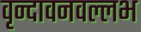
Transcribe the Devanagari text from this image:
वृन्दावनवल्लभ